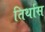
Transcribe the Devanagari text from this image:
तिर्थास